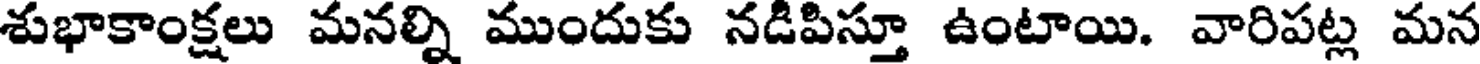
శుభాకాంక్షలు మనల్ని ముందుకు నడిపిస్తూ ఉంటాయి. వారిపట్ల మన